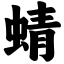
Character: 蜻